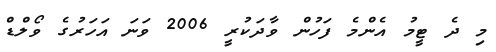
މި ދެ ޓީމު އެންމެ ފަހުން ވާދަކުރީ 2006 ވަނަ އަހަރުގެ ވޯލްޑް